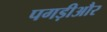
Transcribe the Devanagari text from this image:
पगड़ीऔर